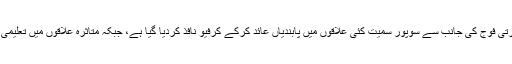
کشمیری میڈیا کا کہنا ہے کہ مقبوضہ وادی میں قابض ظالم بھارتی فوج کی جانب سے سوپور سمیت کئی علاقوں میں پابندیاں عائد کرکے کرفیو نافذ کردیا گیا ہے، جبکہ متاثرہ علاقوں میں تعلیمی ادارے، انٹرنیٹ اور موبائل فون سروس بھی بند کردی گئی ہے۔